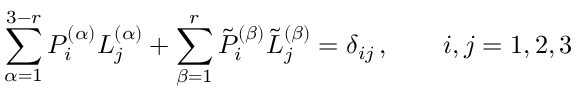
\sum _ { \alpha = 1 } ^ { 3 - r } { P } _ { i } ^ { ( \alpha ) } { L } _ { j } ^ { ( \alpha ) } + \sum _ { \beta = 1 } ^ { r } { \tilde { P } } _ { i } ^ { ( \beta ) } { \tilde { L } } _ { j } ^ { ( \beta ) } = \delta _ { i j } \, , \qquad i , j = 1 , 2 , 3